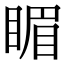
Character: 睸